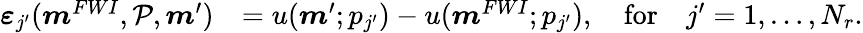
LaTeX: \begin{array}{rl}{\boldsymbol{\varepsilon}_{j^{\prime}}(\boldsymbol{m}^{FWI},\mathcal{P},\boldsymbol{m}^{\prime})}&{=u(\boldsymbol{m}^{\prime};p_{j^{\prime}})-u(\boldsymbol{m}^{FWI};p_{j^{\prime}}),\quad\mathrm{for}\quad j^{\prime}=1,\ldots,N_{r}.}\end{array}